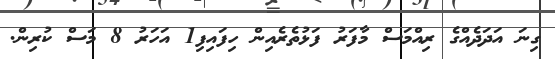
ގިނަ އަދަދެއްގެ ރިއްމަސް މާފަރު ފަޅުތެރެއިން ހިފައިފި1 އަހަރު 8 މަސް ކުރިން.